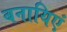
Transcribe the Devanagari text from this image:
बनायिएं